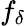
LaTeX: f_{\delta}